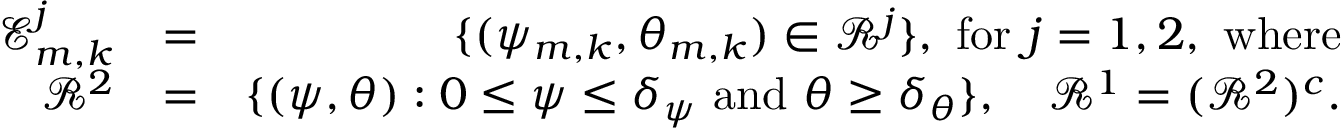
\begin{array} { r l r } { \mathcal { E } _ { m , k } ^ { j } } & { = } & { \{ ( \psi _ { m , k } , \theta _ { m , k } ) \in \mathcal { R } ^ { j } \} , \ \mathrm { f o r } \ j = 1 , 2 , \mathrm { ~ w h e r e } } \\ { \mathcal { R } ^ { 2 } } & { = } & { \{ ( \psi , \theta ) : 0 \leq \psi \leq \delta _ { \psi } \mathrm { ~ a n d ~ } \theta \geq \delta _ { \theta } \} , \ \ \ \mathcal { R } ^ { 1 } = ( \mathcal { R } ^ { 2 } ) ^ { c } . } \end{array}